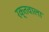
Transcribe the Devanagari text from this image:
रक्तवाला